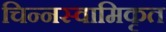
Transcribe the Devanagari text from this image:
चिन्नस्वामिकृत